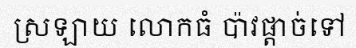
ស្រឡាយ លោកធំ ប៉ាវផ្តាច់ទៅ